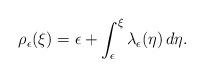
LaTeX: \begin{align*}\rho_\epsilon(\xi)&=\epsilon+\int_{\epsilon}^\xi\lambda_\epsilon(\eta)\,d\eta.\end{align*}